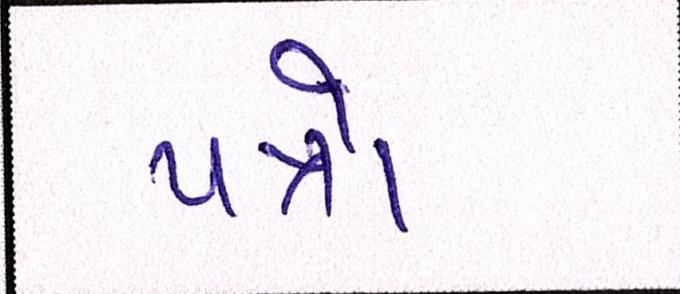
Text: પત્રો